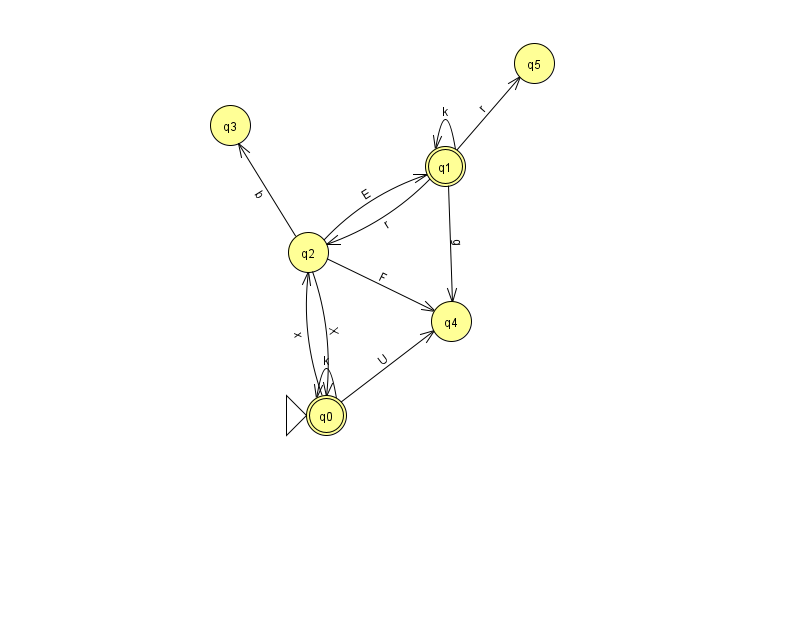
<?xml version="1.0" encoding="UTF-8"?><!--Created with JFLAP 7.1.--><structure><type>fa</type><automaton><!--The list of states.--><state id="0" name="q0"><x>326.0</x><y>402.0</y><initial/><final/></state><state id="1" name="q1"><x>445.0</x><y>153.0</y><final/></state><state id="2" name="q2"><x>308.0</x><y>239.0</y></state><state id="3" name="q3"><x>230.0</x><y>112.0</y></state><state id="4" name="q4"><x>451.0</x><y>308.0</y></state><state id="5" name="q5"><x>534.0</x><y>50.0</y></state><!--The list of transitions.--><transition><from>1</from><to>4</to><read>g</read></transition><transition><from>2</from><to>1</to><read>E</read></transition><transition><from>0</from><to>2</to><read>x</read></transition><transition><from>2</from><to>0</to><read>X</read></transition><transition><from>2</from><to>4</to><read>F</read></transition><transition><from>1</from><to>2</to><read>r</read></transition><transition><from>0</from><to>0</to><read>k</read></transition><transition><from>1</from><to>1</to><read>k</read></transition><transition><from>0</from><to>4</to><read>U</read></transition><transition><from>1</from><to>5</to><read>r</read></transition><transition><from>2</from><to>3</to><read>b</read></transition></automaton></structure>